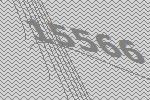
15566